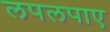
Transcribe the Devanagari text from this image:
लपलपाए